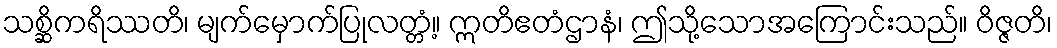
သစ္ဆိကရိဿတိ၊ မျက်မှောက်ပြုလတ္တံ့။ ဣတိဧတံဌာနံ၊ ဤသို့သောအကြောင်းသည်။ ဝိဇ္ဇတိ၊